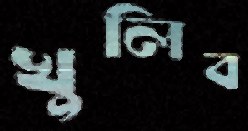
খুলিব